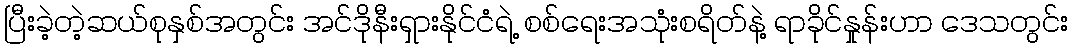
ပြီးခဲ့တဲ့ဆယ်စုနှစ်အတွင်း အင်ဒိုနီးရှားနိုင်ငံရဲ့ စစ်ရေးအသုံးစရိတ်နဲ့ ရာခိုင်နှုန်းဟာ ဒေသတွင်း